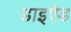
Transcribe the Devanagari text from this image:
डाइऐड